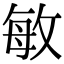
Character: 敏